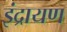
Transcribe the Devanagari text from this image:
इंद्रायण